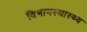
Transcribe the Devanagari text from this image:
विभागस्वास्थ्य